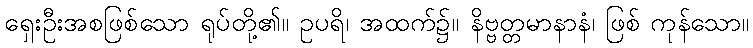
ရှေးဦးအစဖြစ်သော ရုပ်တို့၏။ ဥပရိ၊ အထက်၌။ နိဗ္ဗတ္တမာနာနံ၊ ဖြစ် ကုန်သော။